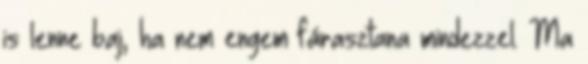
is lenne baj, ha nem engem fárasztana mindezzel. Ma